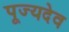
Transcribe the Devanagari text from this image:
पूज्यदेव